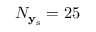
N _ { \mathbf { y } _ { \mathrm { s } } } = 2 5